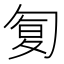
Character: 𠣴